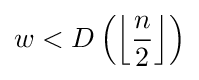
w<D\left(\left\lfloor {\frac {n}{2}}\right\rfloor \right)